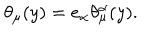
LaTeX: \theta _ { \mu } ( y ) = e _ { \alpha } \theta _ { \mu } ^ { \alpha } ( y ) .